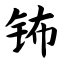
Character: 钸